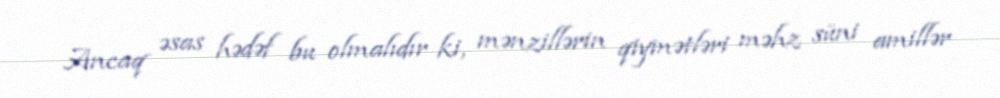
Ancaq əsas hədəf bu olmalıdır ki, mənzillərin qiymətləri məhz süni amillər